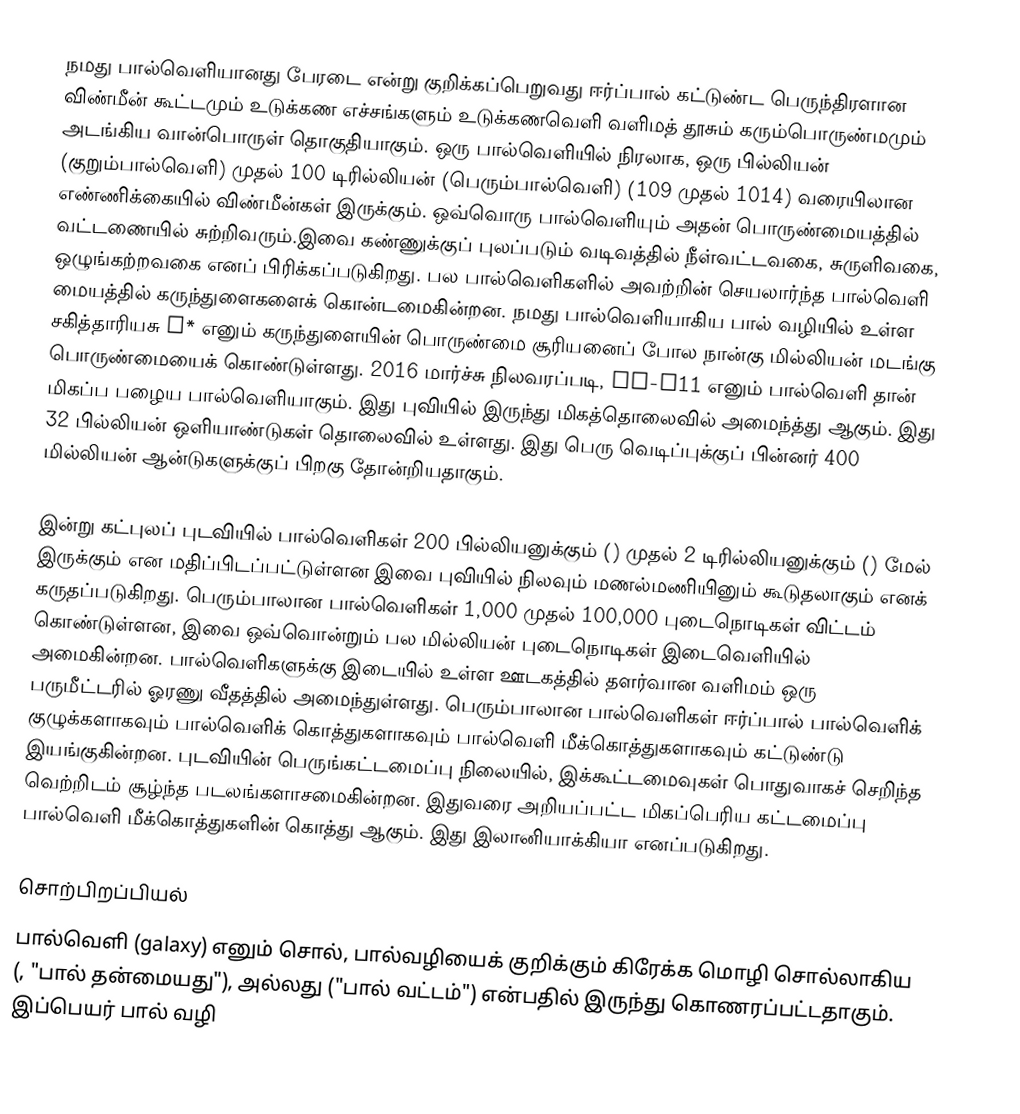
நமது பால்வெளியானது பேரடை என்று குறிக்கப்பெறுவது ஈர்ப்பால் கட்டுண்ட பெருந்திரளான விண்மீன் கூட்டமும் உடுக்கண எச்சங்களும் உடுக்கணவெளி வளிமத் தூசும் கரும்பொருண்மமும் அடங்கிய வான்பொருள் தொகுதியாகும். ஒரு பால்வெளியில் நிரலாக, ஒரு பில்லியன் (குறும்பால்வெளி) முதல் 100 டிரில்லியன் (பெரும்பால்வெளி) (109 முதல் 1014) வரையிலான எண்ணிக்கையில் விண்மீன்கள் இருக்கும். ஒவ்வொரு பால்வெளியும் அதன் பொருண்மையத்தில் வட்டணையில் சுற்றிவரும்.இவை கண்ணுக்குப் புலப்படும் வடிவத்தில் நீள்வட்டவகை, சுருளிவகை, ஒழுங்கற்றவகை எனப் பிரிக்கப்படுகிறது. பல பால்வெளிகளில் அவற்றின் செயலார்ந்த பால்வெளி மையத்தில் கருந்துளைகளைக் கொன்டமைகின்றன. நமது பால்வெளியாகிய பால் வழியில் உள்ள சகித்தாரியசு A* எனும் கருந்துளையின் பொருண்மை சூரியனைப் போல நான்கு மில்லியன் மடங்கு பொருண்மையைக் கொண்டுள்ளது. 2016 மார்ச்சு நிலவரப்படி,  GN-z11 எனும் பால்வெளி தான் மிகப்ப பழைய பால்வெளியாகும். இது புவியில் இருந்து மிகத்தொலைவில் அமைந்த்து ஆகும். இது 32 பில்லியன் ஒளியாண்டுகள் தொலைவில் உள்ளது. இது பெரு வெடிப்புக்குப் பின்னர் 400 மில்லியன் ஆன்டுகளுக்குப் பிறகு தோன்றியதாகும்.

இன்று கட்புலப் புடவியில் பால்வெளிகள் 200 பில்லியனுக்கும் () முதல்  2 டிரில்லியனுக்கும் () மேல் இருக்கும் என மதிப்பிடப்பட்டுள்ளன இவை புவியில் நிலவும் மணல்மணியினும் கூடுதலாகும் எனக் கருதப்படுகிறது. பெரும்பாலான பால்வெளிகள் 1,000 முதல் 100,000 புடைநொடிகள் விட்டம் கொண்டுள்ளன, இவை ஒவ்வொன்றும் பல மில்லியன் புடைநொடிகள் இடைவெளியில் அமைகின்றன. பால்வெளிகளுக்கு இடையில் உள்ள ஊடகத்தில் தளர்வான வளிமம் ஒரு பருமீட்டரில் ஓரணு வீதத்தில் அமைந்துள்ளது. பெரும்பாலான பால்வெளிகள் ஈர்ப்பால் பால்வெளிக் குழுக்களாகவும் பால்வெளிக் கொத்துகளாகவும் பால்வெளி மீக்கொத்துகளாகவும் கட்டுண்டு இயங்குகின்றன. புடவியின் பெருங்கட்டமைப்பு நிலையில், இக்கூட்டமைவுகள் பொதுவாகச் செறிந்த வெற்றிடம் சூழ்ந்த படலங்களாசமைகின்றன. இதுவரை அறியப்பட்ட மிகப்பெரிய கட்டமைப்பு பால்வெளி மீக்கொத்துகளின் கொத்து ஆகும். இது இலானியாக்கியா எனப்படுகிறது.

சொற்பிறப்பியல்
பால்வெளி (galaxy)  எனும் சொல், பால்வழியைக் குறிக்கும் கிரேக்க மொழி  சொல்லாகிய  (, "பால் தன்மையது"), அல்லது  ("பால் வட்டம்") என்பதில் இருந்து கொணரப்பட்டதாகும். இப்பெயர் பால் வழி